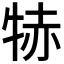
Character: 𤙮